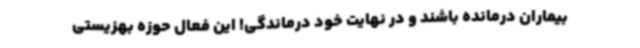
بیماران درمانده باشند و در نهایت خود درماندگی! این فعال حوزه بهزیستی